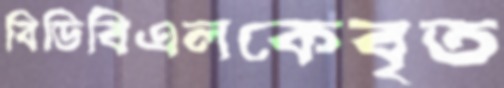
বিডিবিএলকেবৃত